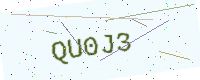
Text: QU0J3